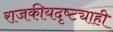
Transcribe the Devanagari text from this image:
राजकीयदृष्ट्याही